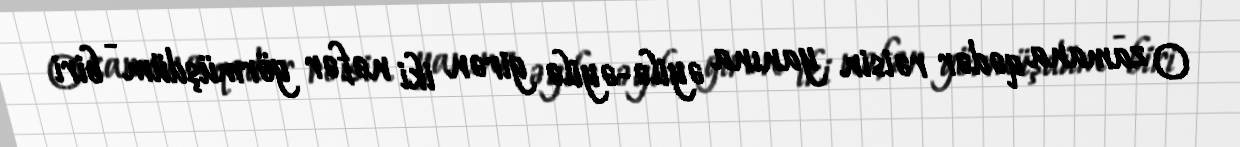
O zamana qədər rəisin yanına əyilə-əyilə girən iki nəfər görmüşdüm - biri